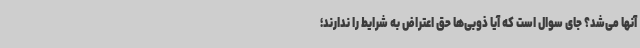
آنها می‌شد؟ جای سوال است که آیا ذوبی‌ها حق اعتراض به شرایط را ندارند؛